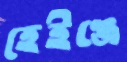
হেইঞ্জে